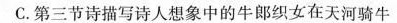
C.第三节诗描写诗人想象中的牛郎织女在天河骑牛